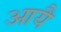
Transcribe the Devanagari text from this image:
आयै